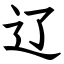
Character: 辽